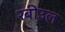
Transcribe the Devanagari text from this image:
रबीउल